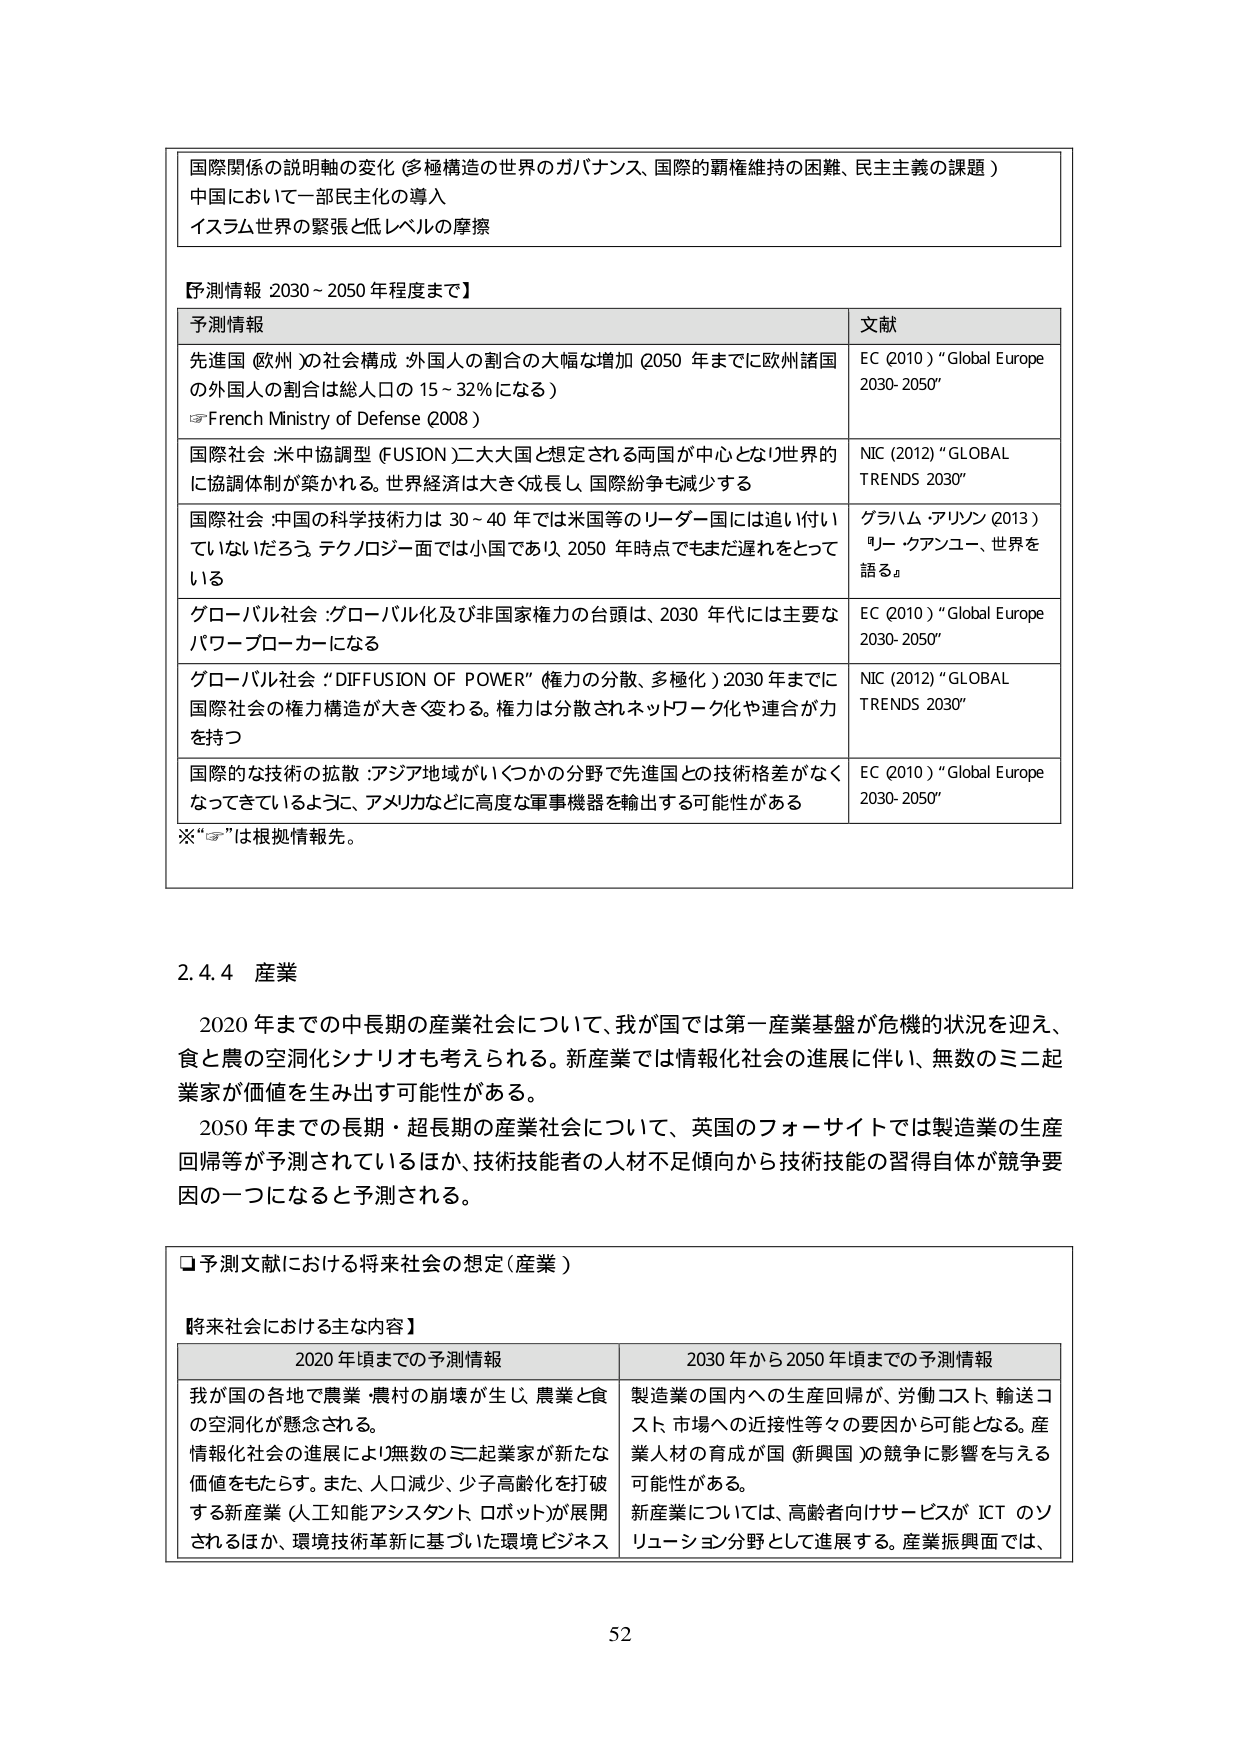
国際関係の説明軸の変化（多極構造の世界のガバナンス、国際的覇権維持の困難、民主主義の課題）
中国において一部民主化の導入
イスラム世界の緊張と低レベルの摩擦

【予測情報 2030～2050年程度まで】

予測情報